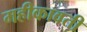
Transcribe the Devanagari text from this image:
महीकावती